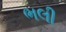
ભલી